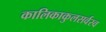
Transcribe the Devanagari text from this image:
कालिकाकुलसर्वस्व